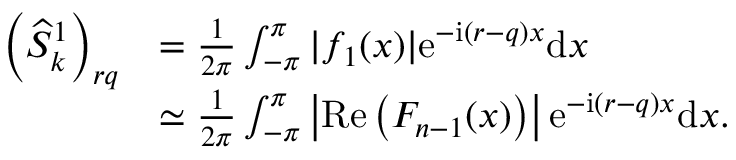
\begin{array} { r l } { \left( \widehat { S } _ { k } ^ { 1 } \right) _ { r q } } & { = \frac { 1 } { 2 \pi } \int _ { - \pi } ^ { \pi } \vert f _ { 1 } ( x ) \vert \mathrm { e } ^ { - \mathrm { i } ( r - q ) x } \mathrm { d } x } \\ & { \simeq \frac { 1 } { 2 \pi } \int _ { - \pi } ^ { \pi } \left\vert \operatorname { R e } \left( F _ { n - 1 } ( x ) \right) \right\vert \mathrm { e } ^ { - \mathrm { i } ( r - q ) x } \mathrm { d } x . } \end{array}